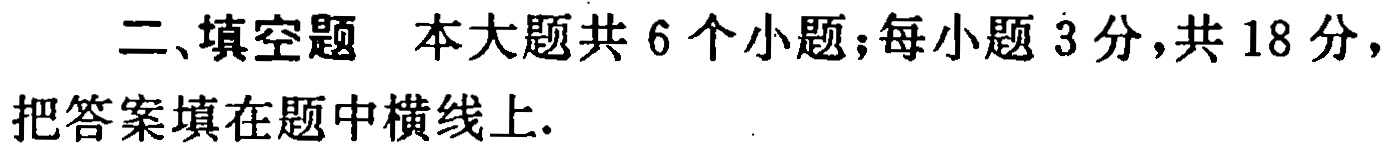
二、填空题 本大题共 6 个小题；每小题 3 分，共 18 分，把答案填在题中横线上.